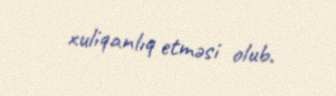
xuliqanlıq etməsi olub.